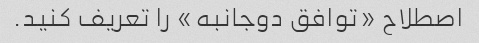
اصطلاح «توافق دوجانبه» را تعریف کنید.